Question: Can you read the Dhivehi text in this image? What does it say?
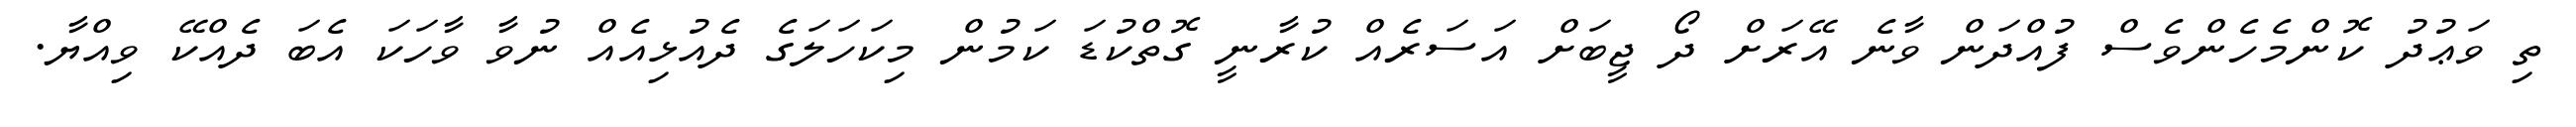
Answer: ތި ވަޢުދު ކޮންމެހެންވެސް ފުއްދަން ވާނެ އޭރަށް ދޯ ޖީބަށް އަސަރެއް ކުރާނީ ގޮތްކުޑަ ކަމުން މިކަހަލަގެ ދެއުޅިއެއް ނުވާ ވާހަކަ އެބަ ދެއްކޭ ވިއްޔާ.